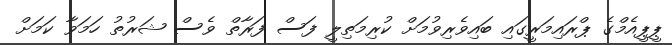
ޕީޕީއެމްގެ ޕްރައިމަރީގައި ބައިވެރިވުމަށް ކުރިމަތިލީ ފަސް ފަރާތް ވެސް ޝަރުތު ހަމަވާ ކަމަށް